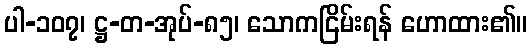
ပါ-၁၀၇၊ ဋ္ဌ-တ-အုပ်-၈၅၊ သောကငြိမ်းရန် ဟောထား၏။